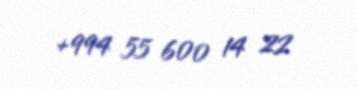
+994 55 600 14 22